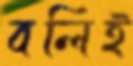
বলিই